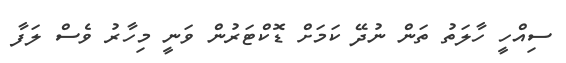
ސިއްހީ ހާލަތު ތަން ނުދޭ ކަމަށް ޑޮކްޓަރުން ވަނީ މިހާރު ވެސް ލަފާ